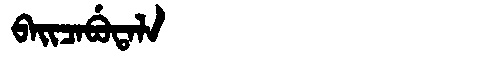
Manchu: ᠪᠠᡳᠴᠠᠪᡠᡨᠠᠯᠠ
Romanization: BAICABUTALA